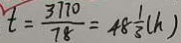
t = \frac { 3 7 7 0 } { 7 8 } = 4 8 \frac { 1 } { 3 } ( h )